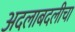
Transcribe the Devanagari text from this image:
अदलाबदलीचा